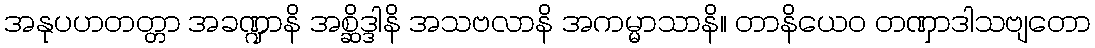
အနုပဟတတ္တာ အခဏ္ဍာနိ အစ္ဆိဒ္ဒါနိ အသဗလာနိ အကမ္မာသာနိ။ တာနိယေဝ တဏှာဒါသဗျတော